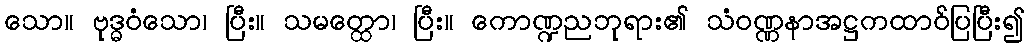
သော။ ဗုဒ္ဓဝံသော၊ ပြီး။ သမတ္ထော၊ ပြီး။ ကောဏ္ဍညဘုရား၏ သံဝဏ္ဏနာအဋ္ဌကထာဝ်ပြပြီး၍